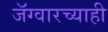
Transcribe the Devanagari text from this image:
जॅग्वारच्याही